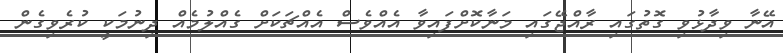
އޭނާ ވިދާޅުވި ގޮތުގައި ރާއްޖޭގައި މަނާކޮށްފައިވާ އެއްވެސް އެއްޗަކަށް ގެއްލުމެއް ދިނުމަކީ ކުރެވިގެން